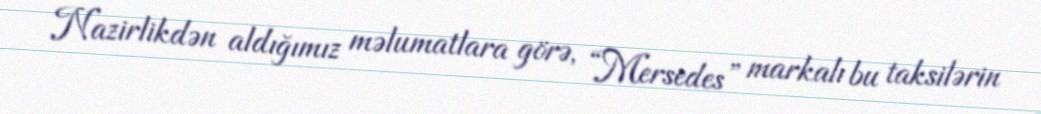
Nazirlikdən aldığımız məlumatlara görə, “Mersedes” markalı bu taksilərin